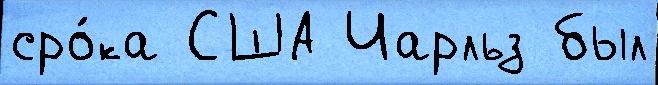
сро́ка США Чарльз был